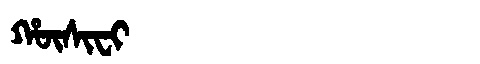
Manchu: ᡥᡡᠰᡳᠸᡳ
Romanization: HŪSIFI